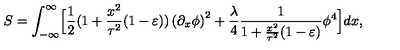
S = \int _ { - \infty } ^ { \infty } \Bigl [ { \frac { 1 } { 2 } } ( 1 + { \frac { x ^ { 2 } } { \tau ^ { 2 } } } ( 1 - \varepsilon ) ) \left( { \partial _ { x } \phi } \right) ^ { 2 } + { \frac { \lambda } { 4 } } { \frac { 1 } { 1 + { \frac { x ^ { 2 } } { \tau ^ { 2 } } } ( 1 - \varepsilon ) } } \phi ^ { 4 } \Bigr ] d x ,